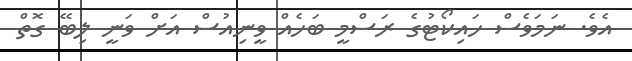
އެވެ. ނަމަވެސް ހައިކޯޓުގެ ރަސްމީ ބަހެއް ވީނިއުސް އަށް ވަނީ ލިބޭ ގޮތް